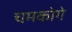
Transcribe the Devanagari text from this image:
चमकोगे